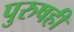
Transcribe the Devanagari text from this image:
पुरुषही